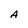
Character: A